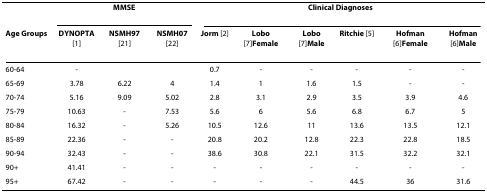
<table><thead><tr><td></td><td colspan="3"><b>MMSE</b></td><td colspan="6"><b>Clinical Diagnoses</b></td></tr><tr><td><b>Age Groups</b></td><td><b>DYNOPTA [1]</b></td><td><b>NSMH97 [21]</b></td><td><b>NSMH07 [22]</b></td><td><b>Jorm [2]</b></td><td><b>Lobo [7]Female</b></td><td><b>Lobo [7]Male</b></td><td><b>Ritchie [5]</b></td><td><b>Hofman [6]Female</b></td><td><b>Hofman [6]Male</b></td></tr></thead><tbody><tr><td>60-64</td><td>-</td><td></td><td></td><td>0.7</td><td>-</td><td>-</td><td>-</td><td>-</td><td>-</td></tr><tr><td>65-69</td><td>3.78</td><td>6.22</td><td>4</td><td>1.4</td><td>1</td><td>1.6</td><td>1.5</td><td>-</td><td>-</td></tr><tr><td>70-74</td><td>5.16</td><td>9.09</td><td>5.02</td><td>2.8</td><td>3.1</td><td>2.9</td><td>3.5</td><td>3.9</td><td>4.6</td></tr><tr><td>75-79</td><td>10.63</td><td>-</td><td>7.53</td><td>5.6</td><td>6</td><td>5.6</td><td>6.8</td><td>6.7</td><td>5</td></tr><tr><td>80-84</td><td>16.32</td><td>-</td><td>5.26</td><td>10.5</td><td>12.6</td><td>11</td><td>13.6</td><td>13.5</td><td>12.1</td></tr><tr><td>85-89</td><td>22.36</td><td>-</td><td>-</td><td>20.8</td><td>20.2</td><td>12.8</td><td>22.3</td><td>22.8</td><td>18.5</td></tr><tr><td>90-94</td><td>32.43</td><td>-</td><td>-</td><td>38.6</td><td>30.8</td><td>22.1</td><td>31.5</td><td>32.2</td><td>32.1</td></tr><tr><td>90+</td><td>41.41</td><td>-</td><td>-</td><td>-</td><td>-</td><td>-</td><td>-</td><td>-</td><td>-</td></tr><tr><td>95+</td><td>67.42</td><td>-</td><td>-</td><td>-</td><td>-</td><td>-</td><td>44.5</td><td>36</td><td>31.6</td></tr></tbody></table>